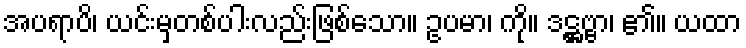
အပရာပိ၊ ယင်းမှတစ်ပါးလည်းဖြစ်သော။ ဥပမာ၊ ကို။ ဒဋ္ဌဗ္ဗာ၊ ၏။ ယထာ